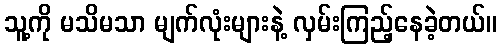
သူ့ကို မသိမသာ မျက်လုံးများနဲ့ လှမ်းကြည့်နေခဲ့တယ်။